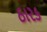
ઠારક